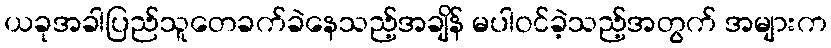
ယခုအခါပြည်သူတေခက်ခဲနေသည့်အချိန် မပါဝင်ခဲ့သည့်အတွက် အများက